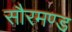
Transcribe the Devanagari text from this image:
सौरमण्ड